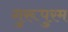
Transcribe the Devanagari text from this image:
गुरूपुरम